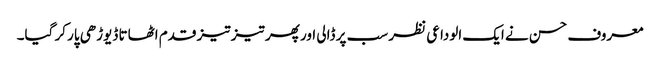
معروف حسن نے ایک الوداعی نظر سب پر ڈالی اور پھر تیز تیز قدم اٹھاتا ڈیوڑھی پار کر گیا۔